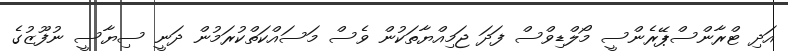
އަދި ޓްރާންސްޕޭރެންސީ މޯލްޑިވްސް ފަދަ ޖަމިއްޔާތަކުން ވެސް މަސައްކަތްކުރަމުން ދަނީ ސިޔާސީ ނުފޫޒުގެ